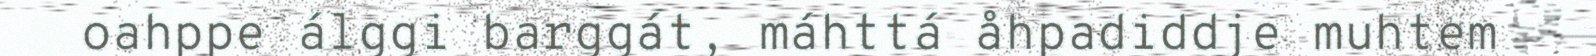
oahppe álggi barggát, máhttá åhpadiddje muhtem